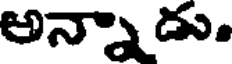
అన్నాడు.